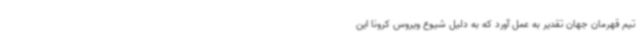
تیم قهرمان جهان تقدیر به عمل آورد که به دلیل شیوع ویروس کرونا این